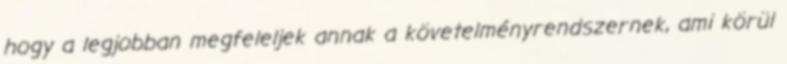
hogy a legjobban megfeleljek annak a követelményrendszernek, ami körül